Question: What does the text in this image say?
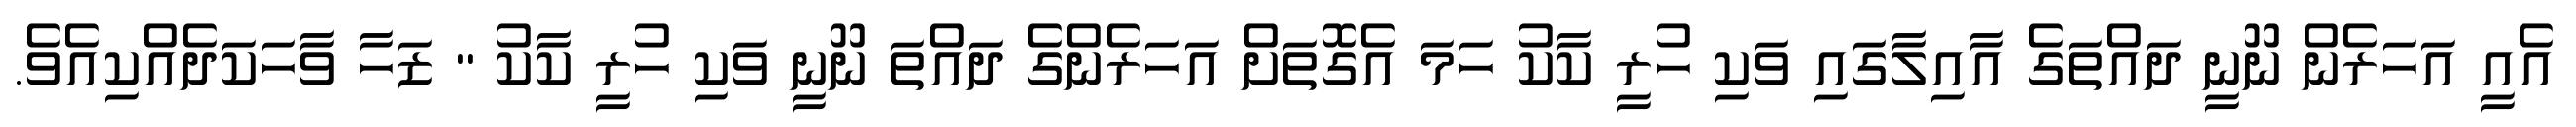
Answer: އެއީ އަހަރެން ނޫނީ ދައްތަގެ އާއިލާގައި ވަކި ހުރީ ކާކު ހަމަ އެގޮތަށް އަހަރެންގެ ދައްތަ ނޫނީ ވަކި ހުރީ ކާކު " ޒަހާ ވާހަކަދެއްކިއެވެ.